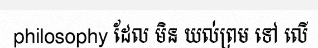
philosophy ដែល មិន យល់ព្រម ទៅ លើ